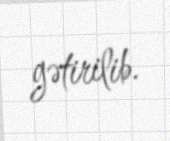
gətirilib.